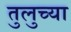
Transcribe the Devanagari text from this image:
तुलुच्या